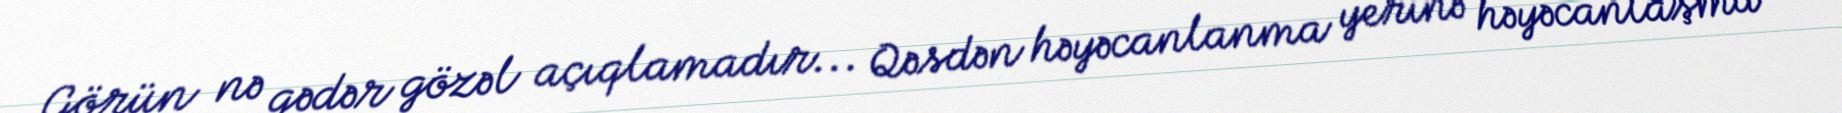
Görün nə qədər gözəl açıqlamadır... Qəsdən həyəcanlanma yerinə həyəcanlaşma